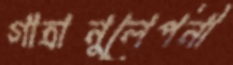
গাত্রানুলেপনী